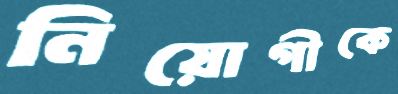
নিয়োগীকে